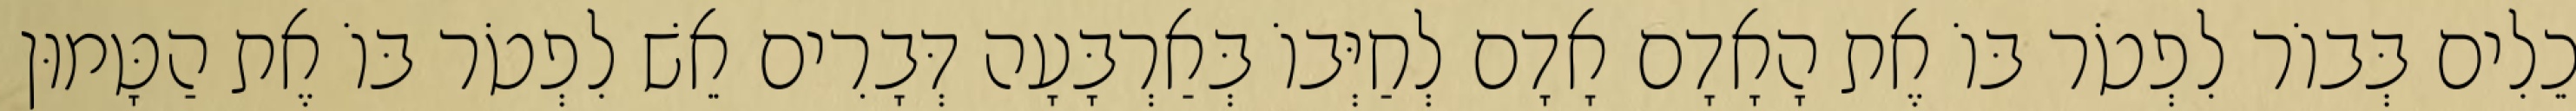
כֵלִים בְּבוֹר לִפְטֹר בּוֹ אֶת הָאָדָם אָדָם לְחַיְּבוֹ בְּאַרְבָּעָה דְּבָרִים אֵשׁ לִפְטֹר בּוֹ אֶת הַטָּמוּן